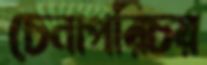
চেনাপরিচয়